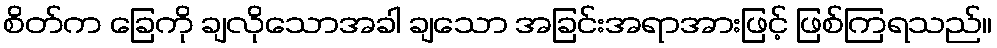
စိတ်က ခြေကို ချလိုသောအခါ ချသော အခြင်းအရာအားဖြင့် ဖြစ်ကြရသည်။